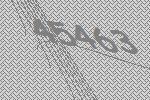
45463